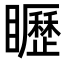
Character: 𥌮